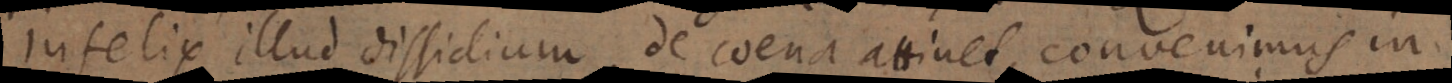
infelix illud dissidium, de coena attinet, convenimus in